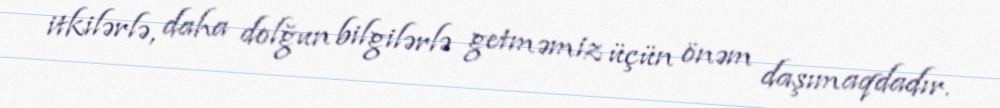
itkilərlə, daha dolğun bilgilərlə getməmiz üçün önəm daşımaqdadır.